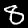
Label: 8